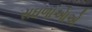
સઘળાએાએ